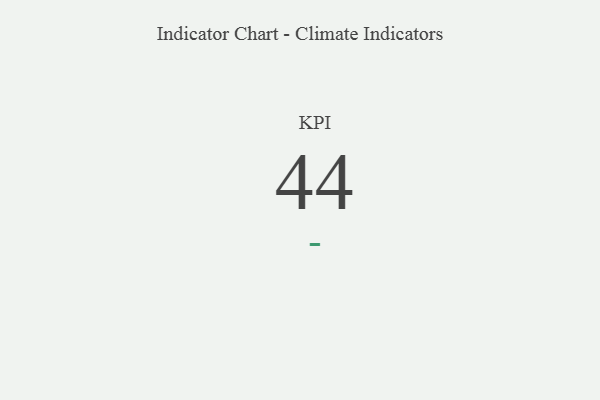
{"axis": {"x": "KPI", "y": "Value"}, "legend": [""], "data": [{"x": "KPI", "y": 44, "type": ""}]}